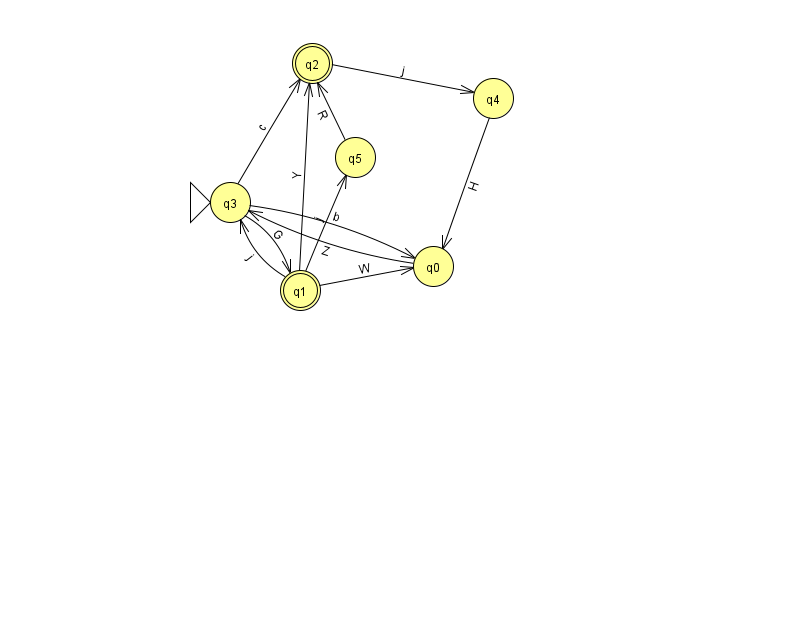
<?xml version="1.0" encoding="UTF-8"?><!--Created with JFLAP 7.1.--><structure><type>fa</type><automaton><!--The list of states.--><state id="0" name="q0"><x>433.0</x><y>253.0</y></state><state id="1" name="q1"><x>300.0</x><y>277.0</y><final/></state><state id="2" name="q2"><x>312.0</x><y>50.0</y><final/></state><state id="3" name="q3"><x>230.0</x><y>189.0</y><initial/></state><state id="4" name="q4"><x>493.0</x><y>85.0</y></state><state id="5" name="q5"><x>355.0</x><y>144.0</y></state><!--The list of transitions.--><transition><from>2</from><to>4</to><read>j</read></transition><transition><from>1</from><to>2</to><read>Y</read></transition><transition><from>0</from><to>3</to><read>Z</read></transition><transition><from>1</from><to>3</to><read>j</read></transition><transition><from>1</from><to>0</to><read>W</read></transition><transition><from>3</from><to>2</to><read>c</read></transition><transition><from>3</from><to>1</to><read>G</read></transition><transition><from>4</from><to>0</to><read>H</read></transition><transition><from>5</from><to>2</to><read>R</read></transition><transition><from>1</from><to>5</to><read>j</read></transition><transition><from>3</from><to>0</to><read>b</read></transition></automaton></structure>